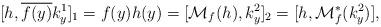
LaTeX: \begin{align*}[h, \overline{f(y)}k_y^1]_1 = f(y)h(y) = [\mathcal{M}_f(h), k_y^2]_2 = [h, \mathcal{M}_f^*(k_y^2)],\end{align*}